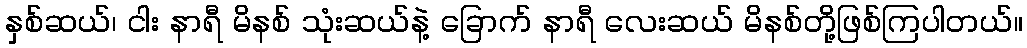
နှစ်ဆယ်၊ ငါး နာရီ မိနစ် သုံးဆယ်နဲ့ ခြောက် နာရီ လေးဆယ် မိနစ်တို့ဖြစ်ကြပါတယ်။